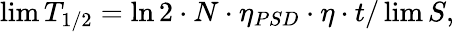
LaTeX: \operatorname*{lim}T_{1/2}=\ln 2\cdot N\cdot\eta_{PSD}\cdot\eta\cdot t/\operatorname*{lim}S,